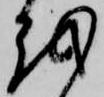
越